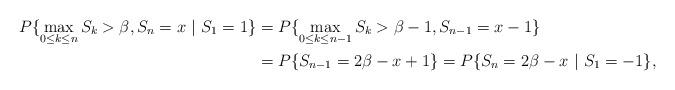
LaTeX: \begin{align*}P\lbrace \max_{0\le k \le n} S_k > \beta, S_n = x\ |\ S_1 = 1\rbrace &= P\lbrace \max_{0\le k \le n-1} S_k > \beta-1, S_{n-1} = x-1 \rbrace \\& = P\lbrace S_{n-1} = 2\beta-x+1\rbrace = P\lbrace S_n = 2\beta-x\ |\ S_1 = -1\rbrace,\end{align*}